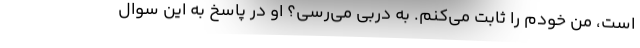
است، من خودم را ثابت می‌کنم. به دربی می‌رسی؟ او در پاسخ به این سوال